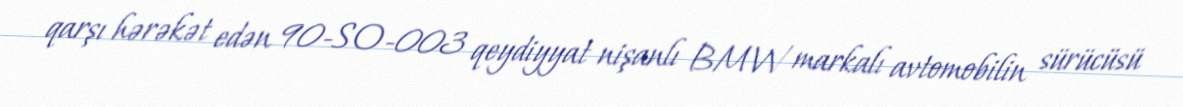
qarşı hərəkət edən 90-SO-003 qeydiyyat nişanlı BMW markalı avtomobilin sürücüsü